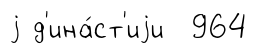
j д'ина́ст'иjи 964